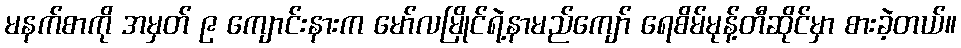
မနက်စာကို အမှတ် ၉ ကျောင်းနားက မော်လမြိုင်ရဲ့နာမည်ကျော် ရေစိမ်မုန့်တီဆိုင်မှာ စားခဲ့တယ်။